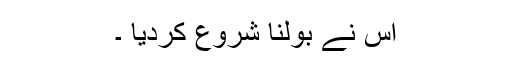
اس نے بولنا شروع کردیا ۔